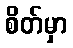
စိတ်မှာ